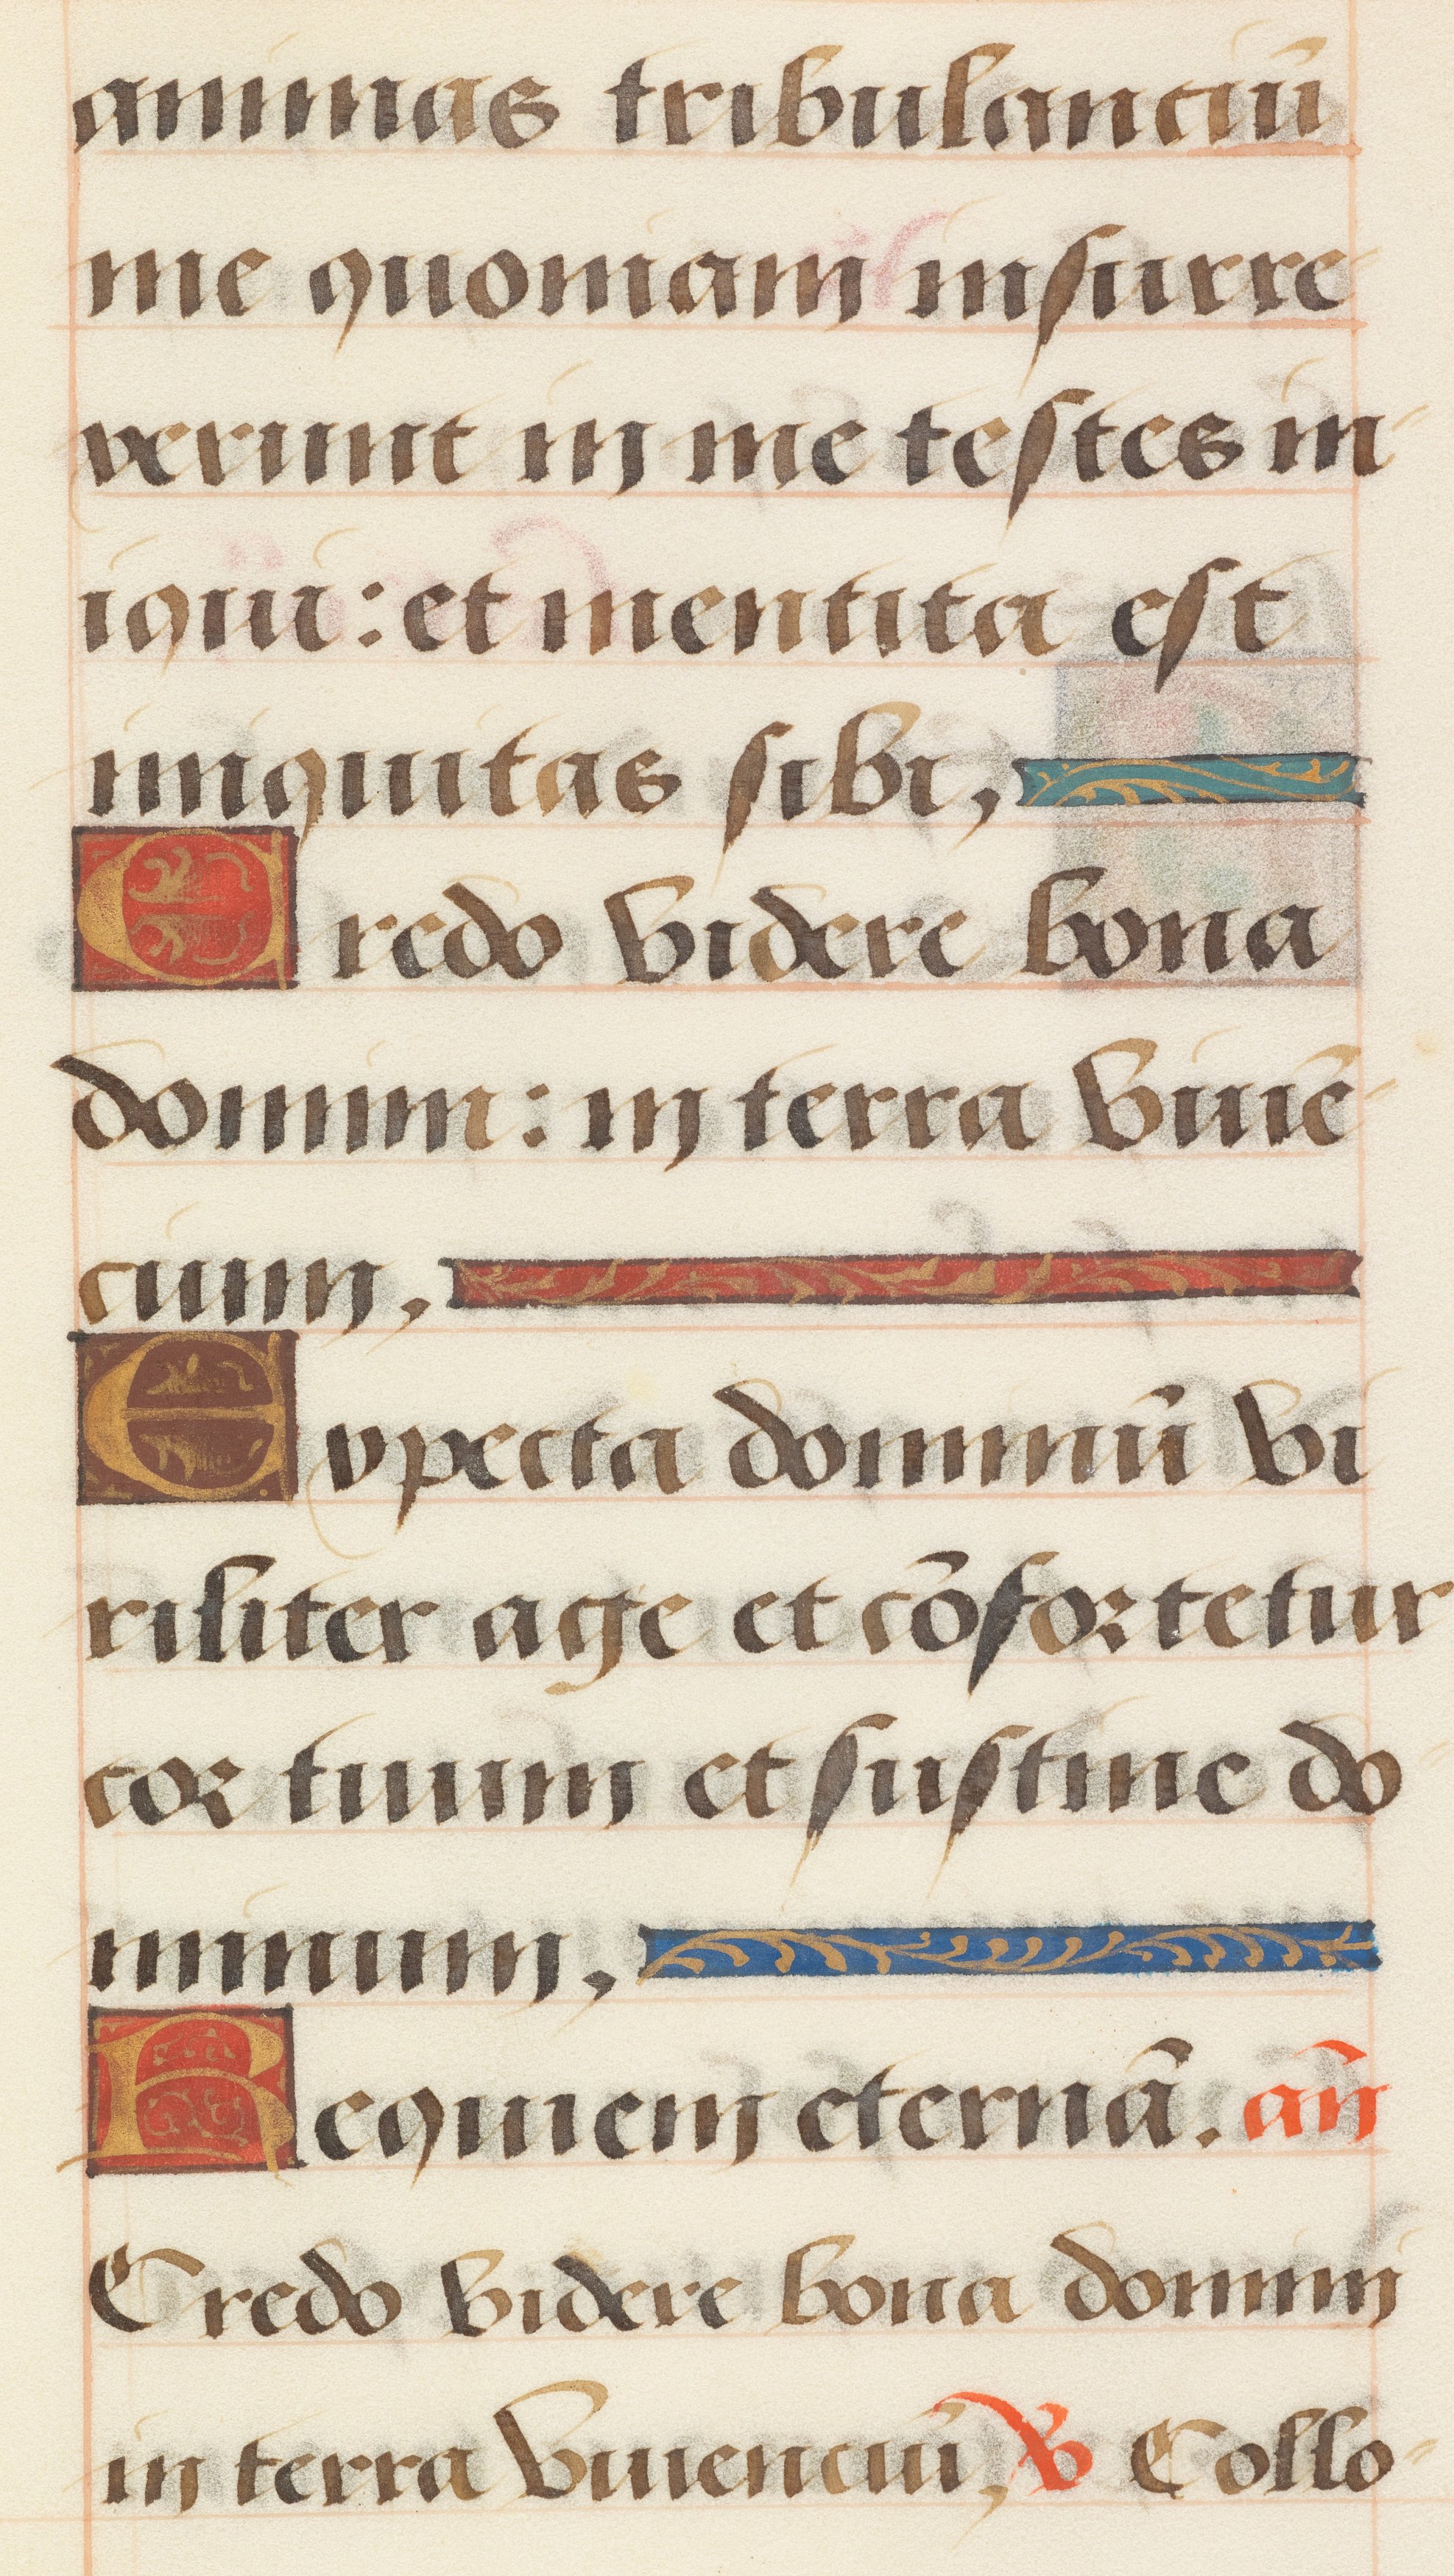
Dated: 1485–1525